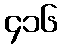
၄၁၆